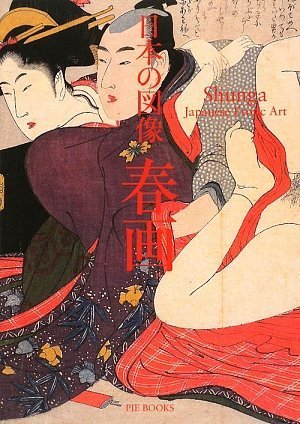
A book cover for Shunga: Japanese Erotic Art; Monta Hayakawa; Arts & Photography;